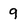
Character: 9